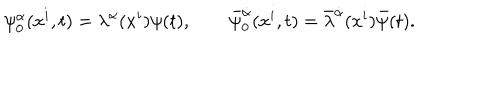
LaTeX: \psi _ { 0 } ^ { \alpha } ( x ^ { i } , t ) = \lambda ^ { \alpha } ( x ^ { i } ) \psi ( t ) , \qquad \bar { \psi } _ { 0 } ^ { \dot { \alpha } } ( x ^ { i } , t ) = \bar { \lambda } ^ { \dot { \alpha } } ( x ^ { i } ) \bar { \psi } ( t ) .